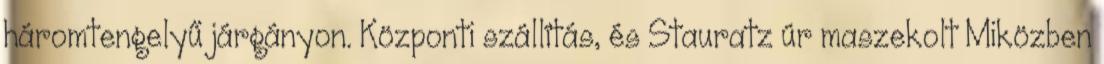
háromtengelyű járgányon. Központi szállítás, és Stauratz úr maszekolt Miközben